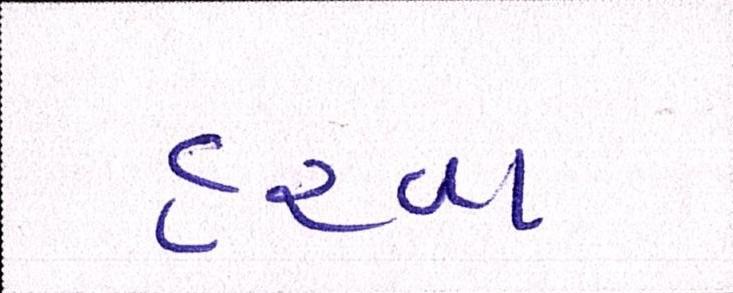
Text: હરવા